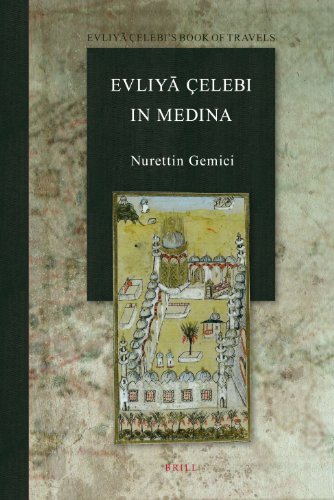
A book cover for Evliya Celebi in Medina: The Relevant Sections of the Seyahatname (Evliya Celebi's Book of Travels); Travel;